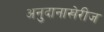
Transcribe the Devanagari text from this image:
अनुदानाखेरीज